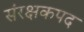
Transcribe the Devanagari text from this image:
संरक्षकपद